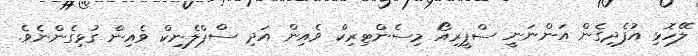
ލޭހޮޅި އުފެދިގެން އަންނަނީ ސްޕީރިއޯ މިސެންޓިރިކް ވެއިން އަދި ސްޕްލެނިކް ވެއިން ގުޅިގެންނެވެ.